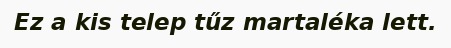
Ez a kis telep tűz martaléka lett.